Annual report on the Civil Veterinary Department, Burma (including the Insein Veterinary School) - 1932-1941
Year: 1932
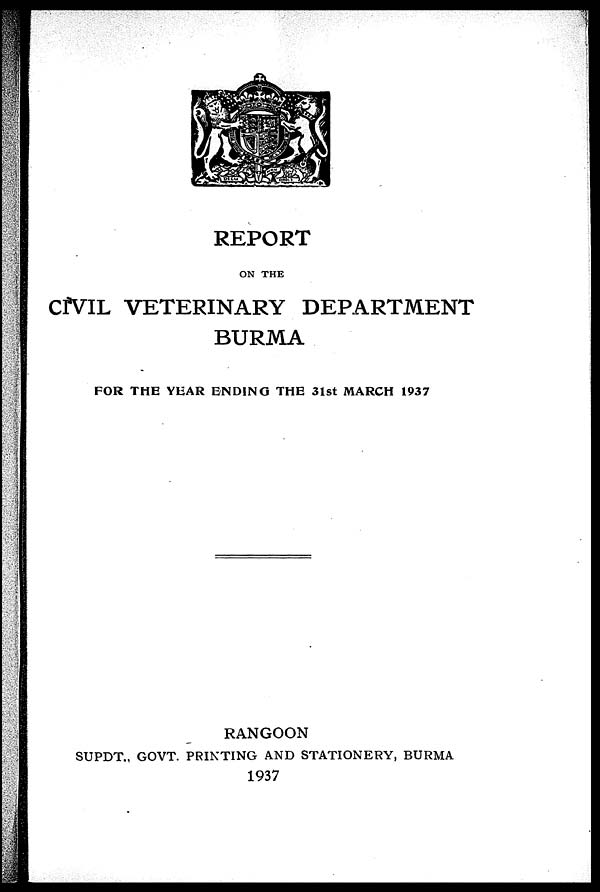
REPORT
ON THE
CIVIL VETERINARY DEPARTMENT
BURMA
FOR THE YEAR ENDING THE 31st MARCH 1937
RANGOON
SUPDT., GOVT. PRINTING AND STATIONERY, BURMA
1937